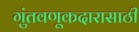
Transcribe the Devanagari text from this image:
गुंतवणूकदारासाठी